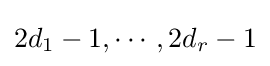
2d_{1}-1,\cdots ,2d_{r}-1